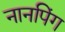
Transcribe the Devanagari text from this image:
नानपिंग